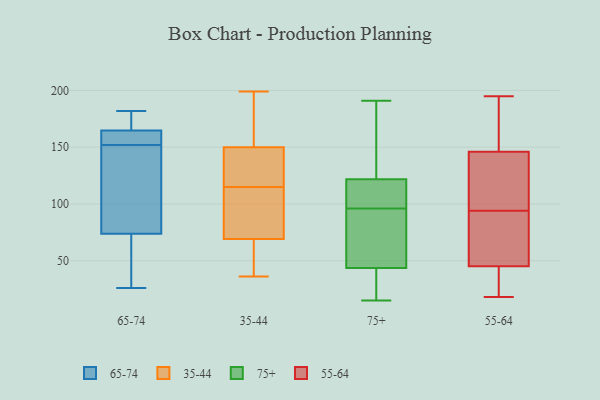
{"axis": {"x": "Revenue (USD Million)", "y": "Value"}, "legend": ["35-44", "55-64", "65-74", "75+"], "data": [{"x": "", "y": 63, "type": "65-74"}, {"x": "", "y": 168, "type": "65-74"}, {"x": "", "y": 167, "type": "65-74"}, {"x": "", "y": 182, "type": "65-74"}, {"x": "", "y": 158, "type": "65-74"}, {"x": "", "y": 106, "type": "65-74"}, {"x": "", "y": 152, "type": "65-74"}, {"x": "", "y": 130, "type": "65-74"}, {"x": "", "y": 60, "type": "65-74"}, {"x": "", "y": 152, "type": "65-74"}, {"x": "", "y": 26, "type": "65-74"}, {"x": "", "y": 150, "type": "35-44"}, {"x": "", "y": 69, "type": "35-44"}, {"x": "", "y": 99, "type": "35-44"}, {"x": "", "y": 199, "type": "35-44"}, {"x": "", "y": 110, "type": "35-44"}, {"x": "", "y": 60, "type": "35-44"}, {"x": "", "y": 89, "type": "35-44"}, {"x": "", "y": 120, "type": "35-44"}, {"x": "", "y": 60, "type": "35-44"}, {"x": "", "y": 133, "type": "35-44"}, {"x": "", "y": 50, "type": "35-44"}, {"x": "", "y": 123, "type": "35-44"}, {"x": "", "y": 168, "type": "35-44"}, {"x": "", "y": 100, "type": "35-44"}, {"x": "", "y": 193, "type": "35-44"}, {"x": "", "y": 194, "type": "35-44"}, {"x": "", "y": 131, "type": "35-44"}, {"x": "", "y": 36, "type": "35-44"}, {"x": "", "y": 27, "type": "75+"}, {"x": "", "y": 15, "type": "75+"}, {"x": "", "y": 191, "type": "75+"}, {"x": "", "y": 103, "type": "75+"}, {"x": "", "y": 68, "type": "75+"}, {"x": "", "y": 130, "type": "75+"}, {"x": "", "y": 172, "type": "75+"}, {"x": "", "y": 96, "type": "75+"}, {"x": "", "y": 111, "type": "75+"}, {"x": "", "y": 42, "type": "75+"}, {"x": "", "y": 32, "type": "75+"}, {"x": "", "y": 75, "type": "75+"}, {"x": "", "y": 83, "type": "75+"}, {"x": "", "y": 147, "type": "75+"}, {"x": "", "y": 112, "type": "75+"}, {"x": "", "y": 119, "type": "75+"}, {"x": "", "y": 44, "type": "75+"}, {"x": "", "y": 173, "type": "55-64"}, {"x": "", "y": 103, "type": "55-64"}, {"x": "", "y": 41, "type": "55-64"}, {"x": "", "y": 20, "type": "55-64"}, {"x": "", "y": 85, "type": "55-64"}, {"x": "", "y": 104, "type": "55-64"}, {"x": "", "y": 49, "type": "55-64"}, {"x": "", "y": 191, "type": "55-64"}, {"x": "", "y": 83, "type": "55-64"}, {"x": "", "y": 40, "type": "55-64"}, {"x": "", "y": 145, "type": "55-64"}, {"x": "", "y": 29, "type": "55-64"}, {"x": "", "y": 147, "type": "55-64"}, {"x": "", "y": 113, "type": "55-64"}, {"x": "", "y": 165, "type": "55-64"}, {"x": "", "y": 195, "type": "55-64"}, {"x": "", "y": 69, "type": "55-64"}, {"x": "", "y": 18, "type": "55-64"}, {"x": "", "y": 142, "type": "55-64"}, {"x": "", "y": 83, "type": "55-64"}]}